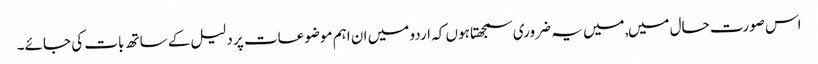
اس صورت حال میں, میں یہ ضروری سمجھتا ہوں کہ اردو میں ان اہم موضوعات پر دلیل کے ساتھ بات کی جائے۔